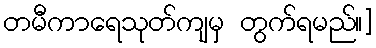
တမီကာရေသုတ်ကျမှ တွက်ရမည်။]